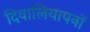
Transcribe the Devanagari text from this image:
दिवालियापनों